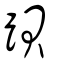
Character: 䟺